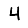
Digit: 4